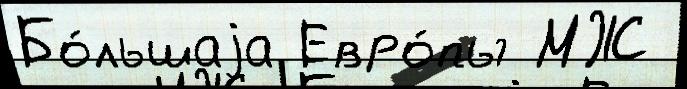
Бо́льшаjа Евро́пы МЖ